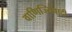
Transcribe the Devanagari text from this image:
वाणिज्यिवादी